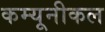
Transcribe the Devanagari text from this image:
कम्यूनीकल